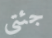
جئتي